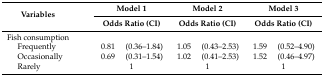
| <ROWSPAN=2-COLSPAN=2> Variables | <COLSPAN=2> Model 1 | <COLSPAN=2> Model 2 | <COLSPAN=2> Model 3 |
 | <COLSPAN=2> Odds Ratio (CI) | <COLSPAN=2> Odds Ratio (CI) | <COLSPAN=2> Odds Ratio (CI) |
 | --- | --- | --- | --- | --- | --- | --- | --- |
 | <COLSPAN=2> Fish consumption |  |  |  |  |  |  |
 |  | Frequently | 0.81 | (0.36–1.84) | 1.05 | (0.43–2.53) | 1.59 | (0.52–4.90) |
 |  | Occasionally | 0.69 | (0.31–1.54) | 1.02 | (0.41–2.53) | 1.52 | (0.46–4.97) |
 |  | Rarely | <COLSPAN=2> 1 | <COLSPAN=2> 1 | <COLSPAN=2> 1 |